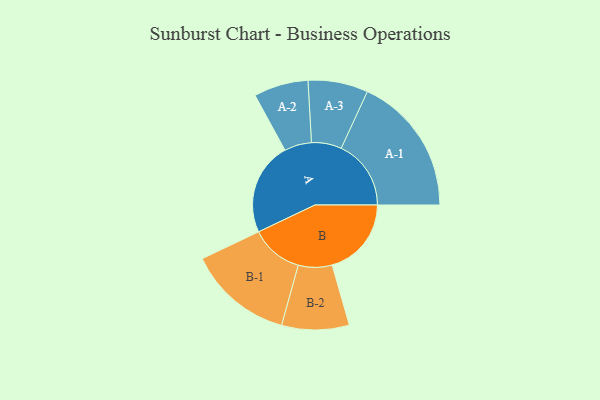
{"axis": {"x": "Segment", "y": "Value"}, "legend": ["", "A", "B"], "data": [{"x": "A", "y": 375, "type": ""}, {"x": "B", "y": 320, "type": ""}, {"x": "A-1", "y": 282, "type": "A"}, {"x": "A-2", "y": 110, "type": "A"}, {"x": "A-3", "y": 121, "type": "A"}, {"x": "B-1", "y": 212, "type": "B"}, {"x": "B-2", "y": 136, "type": "B"}]}